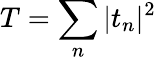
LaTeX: T=\sum_{n}|t_{n}|^{2}